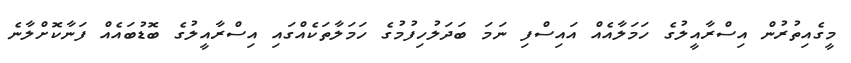
މީގެއިތުރުން އިސްރާއީލުގެ ހަމަލާއެއް އައިސްފި ނަމަ ބަދަލުހިފުމުގެ ހަމަލާތަކެއްގައި އިސްރާއީލުގެ ބޮޑުބައެއް ފަނާކޮށްލާނެ